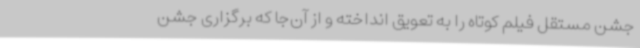
جشن مستقل فیلم کوتاه را به تعویق انداخته و از آن‌جا که برگزاری جشن